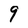
Character: 9